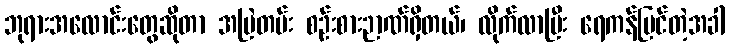
ဘုရားအလောင်းတွေဆိုတာ အမြဲတမ်း စဉ်းစားဉာဏ်ရှိတယ်၊ လိုက်လာပြီး ရေကန်မြင်တဲ့အခါ